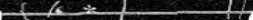
٨٧